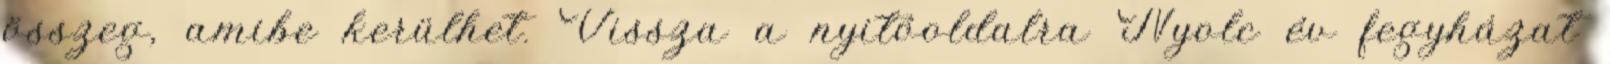
összeg, amibe kerülhet. Vissza a nyitóoldalra Nyolc év fegyházat